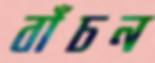
বাঁচন